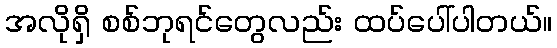
အလိုရှိ စစ်ဘုရင်တွေလည်း ထပ်ပေါ်ပါတယ်။